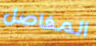
المفاصل